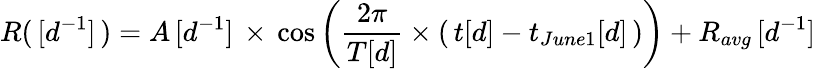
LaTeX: R(\, [d^{-1}]\, )=A\, [d^{-1}]\, \times\, \cos\left(\frac{2\pi}{T[d]}\times(\, t[d]-t_{June1}[d]\, )\right)+R_{avg}\, [d^{-1}]